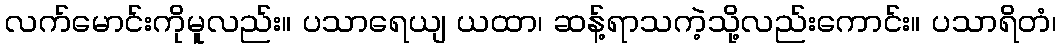
လက်မောင်းကိုမူလည်း။ ပသာရေယျ ယထာ၊ ဆန့်ရာသကဲ့သို့လည်းကောင်း။ ပသာရိတံ၊